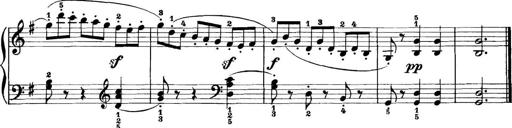
Title: 11 Sonatinas
Composer: Anton Diabelli